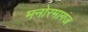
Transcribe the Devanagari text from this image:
मनोरमागंज